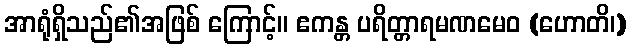
အာရုံရှိသည်၏အဖြစ် ကြောင့်။ ဧကန္တ ပရိတ္တာရမဏမေဝ (ဟောတိ၊)